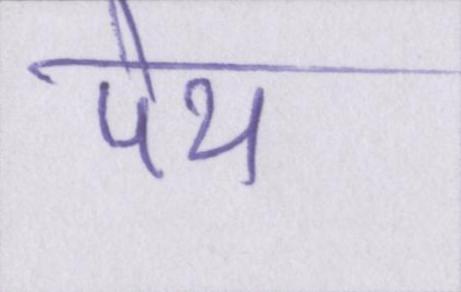
पेय